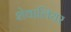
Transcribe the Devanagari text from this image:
शेवालियर